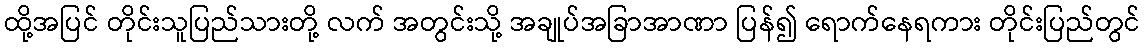
ထို့အပြင် တိုင်းသူပြည်သားတို့ လက် အတွင်းသို့ အချုပ်အခြာအာဏာ ပြန်၍ ရောက်နေရကား တိုင်းပြည်တွင်